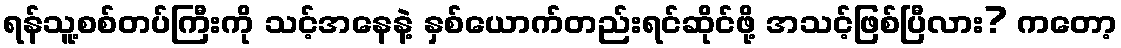
ရန်သူ့စစ်တပ်ကြီးကို သင့်အနေနဲ့ နှစ်ယောက်တည်းရင်ဆိုင်ဖို့ အသင့်ဖြစ်ပြီလား? ကတော့